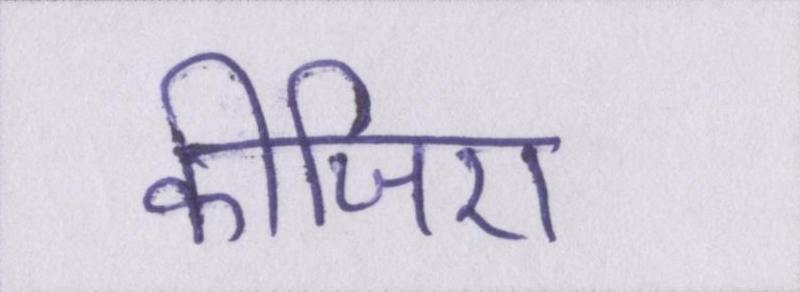
कीजिए